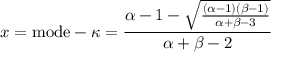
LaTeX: x = { \mathrm { m o d e } } - \kappa = { \frac { \alpha - 1 - { \sqrt { \frac { ( \alpha - 1 ) ( \beta - 1 ) } { \alpha + \beta - 3 } } } } { \alpha + \beta - 2 } }